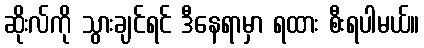
ဆိုးလ်ကို သွားချင်ရင် ဒီနေရာမှာ ရထား စီးရပါမယ်။